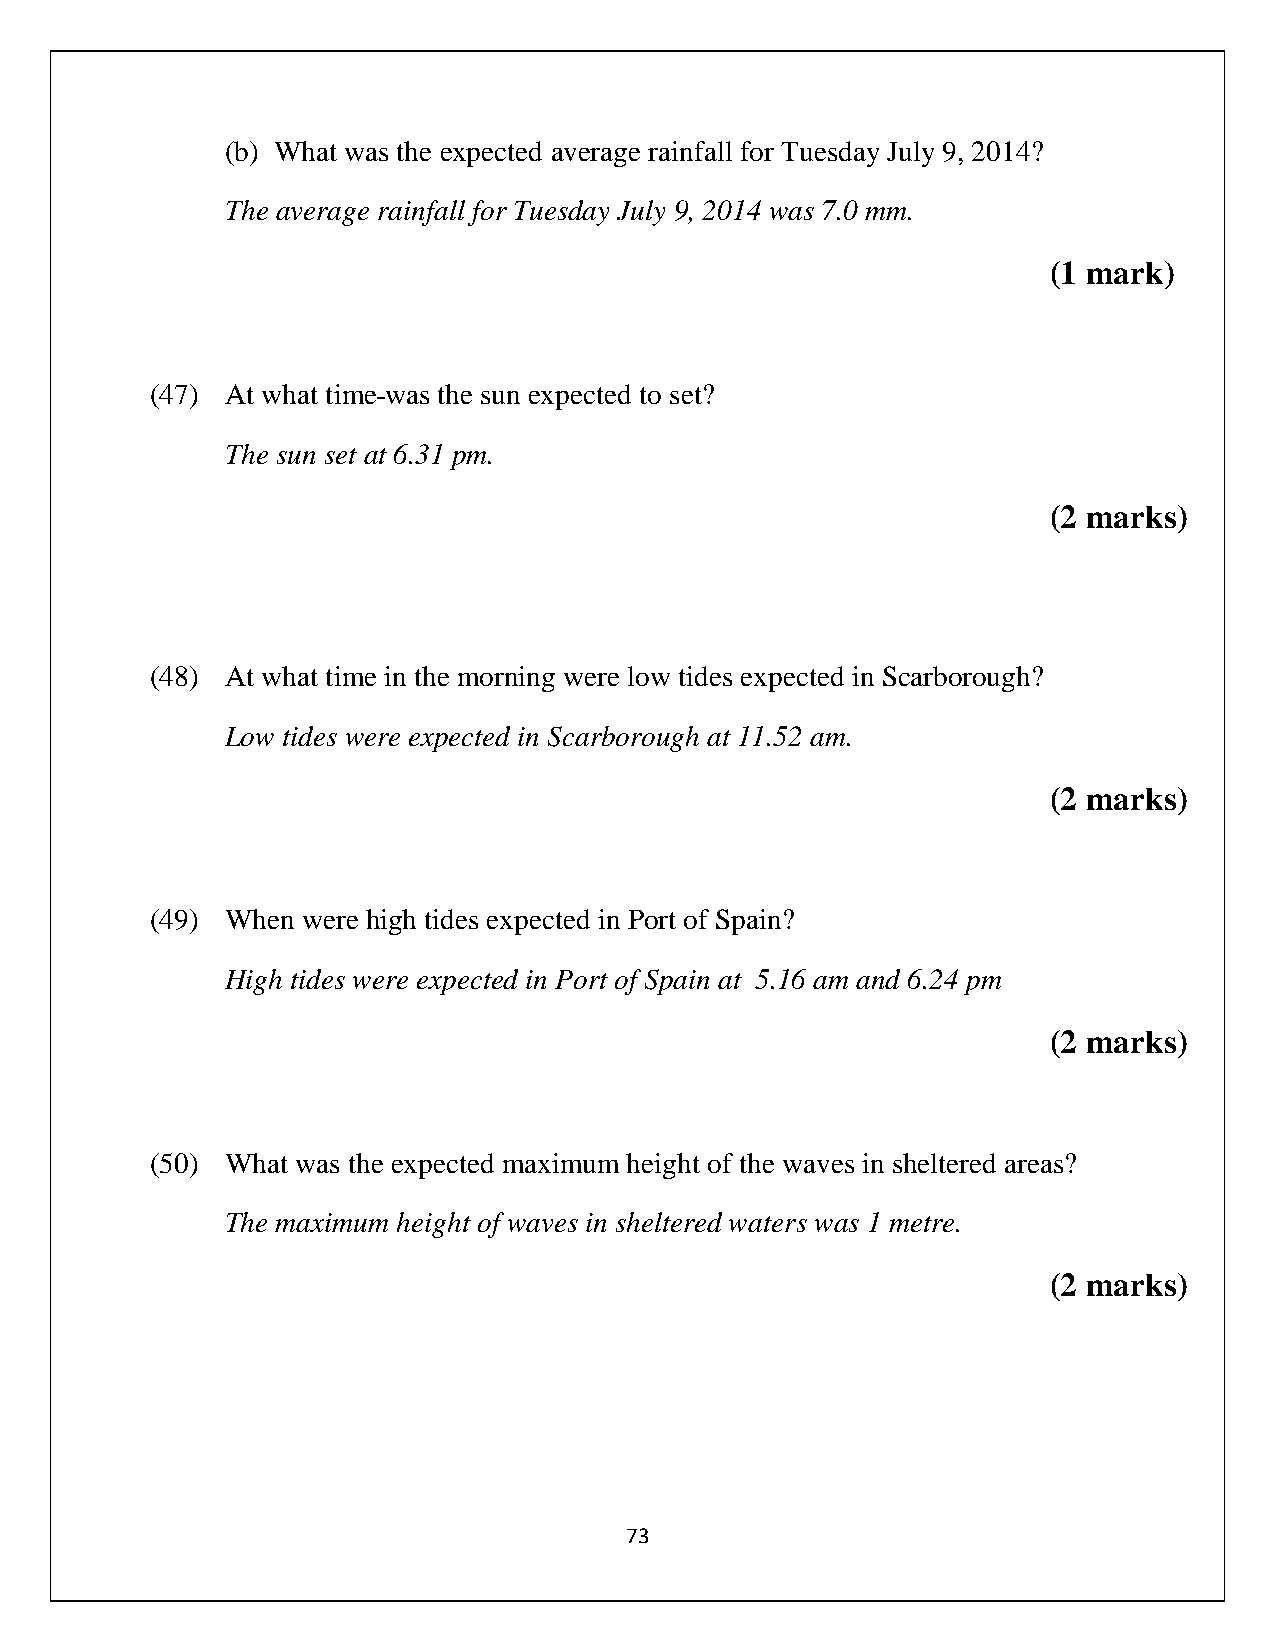
(b) What was the expected average rainfall for Tuesday July 9, 2014?
 The average rainfall for Tuesday July 9, 2014 was 7.0 mm.
 (1 mark)
 (47) At what time was the sun expected to set?
 The sun set at 6.31 pm.
 (2 marks)
 (48) At what time in the morning were low tides expected in Scarborough?
 Low tides were expected in Scarborough at 11.52 am.
 (2 marks)
 (49) When were high tides expected in Port of Spain?
 High tides were expected in Port of Spain at 5.16 am and 6.24 pm
 (2 marks)
 (50) What was the expected maximum height of the waves in sheltered areas?
 The maximum height of waves in sheltered waters was 1 metre.
 (2 marks)
 73